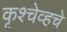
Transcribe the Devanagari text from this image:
कृश्चेव्हचे